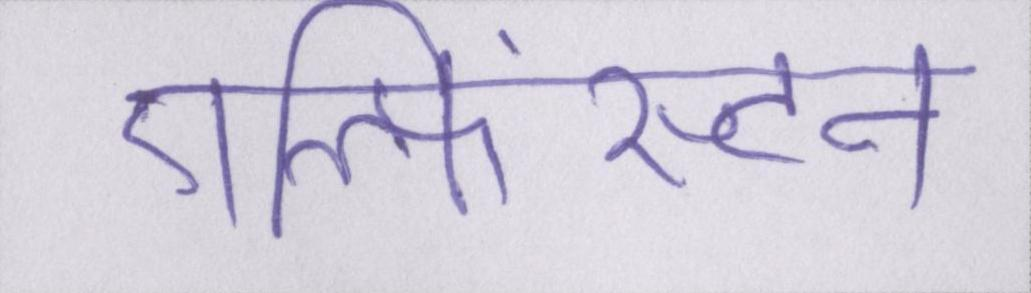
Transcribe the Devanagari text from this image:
एल्फिंस्टन